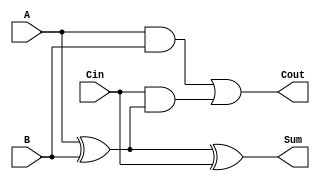
module full_adder (
    input wire A,    // First input bit
    input wire B,    // Second input bit
    input wire Cin,  // Carry-in bit
    output wire Sum, // Sum output
    output wire Cout // Carry-out output
);

    // Internal signals for intermediate computations
    wire A_XOR_B;

    // Compute Sum using XOR gates
    assign A_XOR_B = A ^ B;    // A XOR B
    assign Sum = A_XOR_B ^ Cin; // (A XOR B) XOR Cin

    // Compute Cout using AND and OR gates
    assign Cout = (A & B) | (Cin & A_XOR_B); // (A AND B) OR (Cin AND (A XOR B))

endmodule